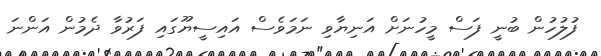
ފުލުހުން ބުނީ ފަސް މީހުނަށް އަނިޔާވި ނަމަވެސް އައިސީޔޫގައި ފަރުވާ ދެމުން އަންނަ